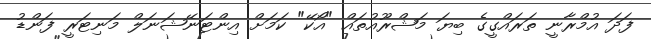
ފަދަ އުމްރާނީ ތަރައްގީގެ ބިޔަ މަޝްރޫއުތައް "އޯކޭ" ކަމަށް އިންޓަނޭޝަނަލް މަނިޓަރީ ފަންޑު